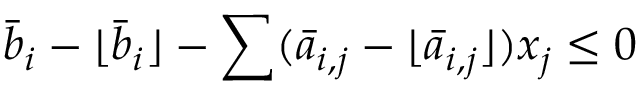
{ \bar { b } } _ { i } - \lfloor { \bar { b } } _ { i } \rfloor - \sum ( { \bar { a } } _ { i , j } - \lfloor { \bar { a } } _ { i , j } \rfloor ) x _ { j } \leq 0